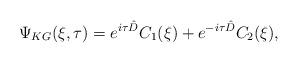
LaTeX: \begin{align*}\Psi_{KG}(\xi, \tau) = e^{i\tau\hat{D}} C_{1}(\xi) + e^{-i\tau\hat{D}} C_{2}(\xi),\end{align*}